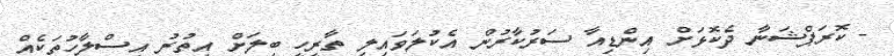
- ކޮރަޕްޝަނާ ދެކޮޅަށް އިންޑިއާ ސަރުކާރުން އެކުލަވައިލި ތާރީހީ ބިލަށް އިތުރު އިސްލާހުތަކެއް